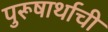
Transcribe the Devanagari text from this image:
पुरूषार्थाची